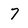
Character: 7